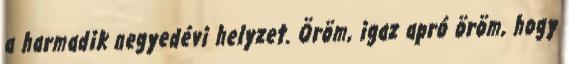
a harmadik negyedévi helyzet. Öröm, igaz apró öröm, hogy